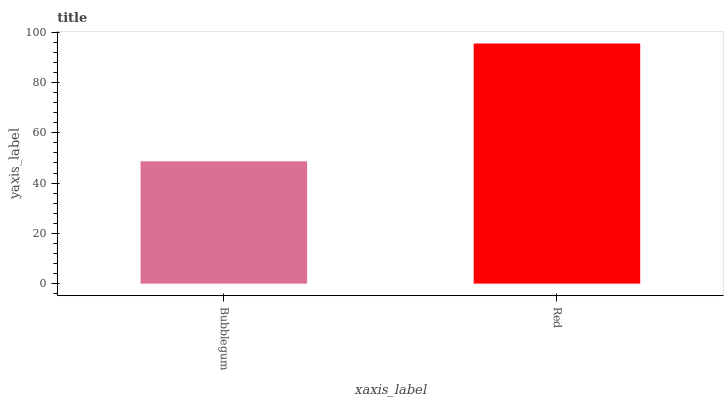
| xaxis_label | bars |
 | --- | --- |
 | Bubblegum | 48.7 |
 | Red | 95.6 |